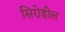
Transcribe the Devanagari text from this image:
सिरोडील